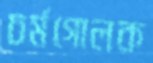
চর্মগোলক